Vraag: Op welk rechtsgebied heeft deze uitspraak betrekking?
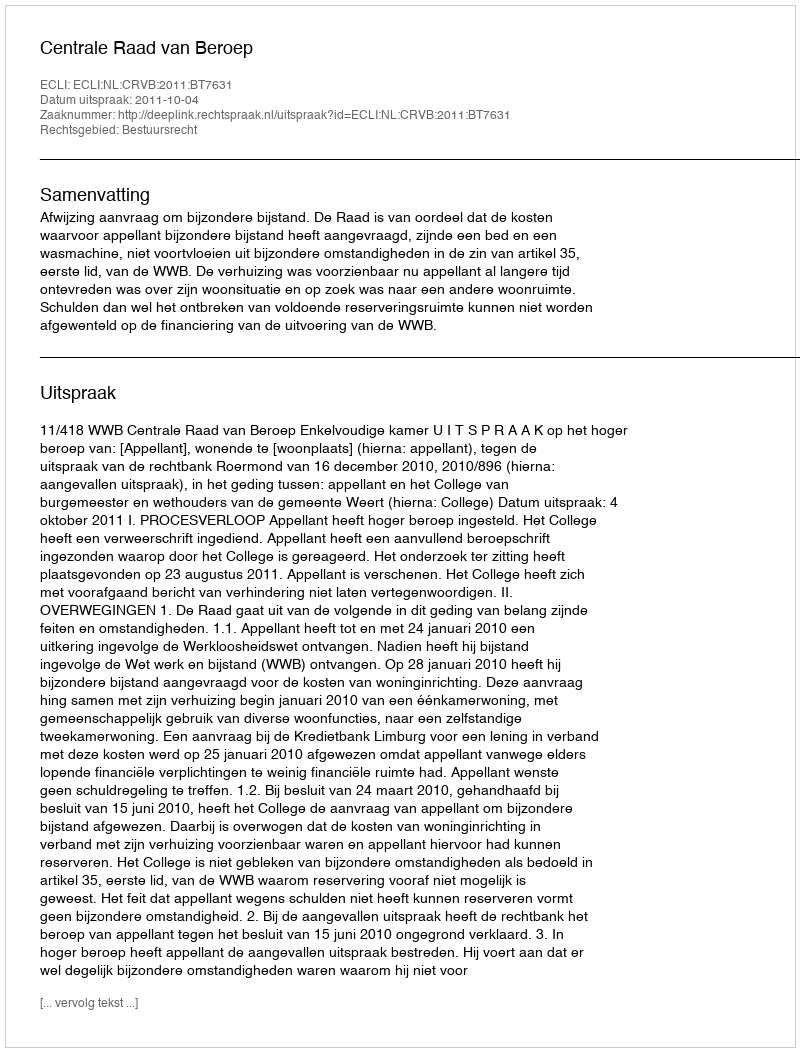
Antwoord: Bestuursrecht